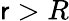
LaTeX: \mathsf{r}>R